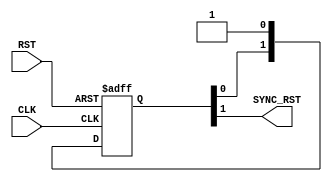
module RST_SYNC #(
parameter NUM_STAGES = 2 
) (
input wire              RST,
input wire              CLK,

output wire             SYNC_RST
);

reg   [NUM_STAGES-1:0]    sync_reg;

always @(posedge CLK or negedge RST) 
begin
    if (!RST) 
    begin
       sync_reg <= 'b0;
    end 
    else 
    begin
        sync_reg <= {sync_reg[NUM_STAGES-2:0],1'b1};
    end
end

assign  SYNC_RST = sync_reg[NUM_STAGES-1] ;

endmodule